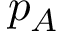
p _ { A }